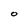
Character: O